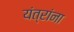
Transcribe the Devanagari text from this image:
यंत्रांना